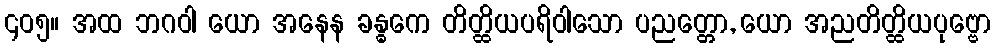
၄၀၅။ အထ ဘဂဝါ ယော အနေန ခန္ဓကေ တိတ္ထိယပရိဝါသော ပညတ္တော, ယော အညတိတ္ထိယပုဗ္ဗော